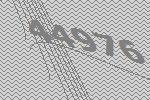
44976